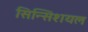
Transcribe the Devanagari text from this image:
सिन्सिशयल